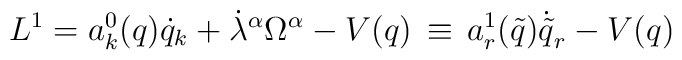
L^1 = a_k^0 ( q ) \dot q_k + {\dot\lambda}^{\alpha} \Omega^{\alpha} - V( q ) \,\equiv \,a_r^1 ( {\tilde q} ) {\dot {\tilde q}}_r - V( q )